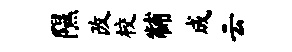
隰改校黼成云